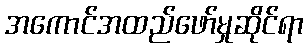
အကောင်အထည်ဖော်မှုဆိုင်ရာ